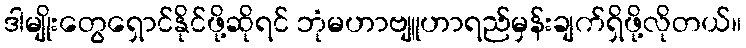
ဒါမျိုးတွေရှောင်နိုင်ဖို့ဆိုရင် ဘုံမဟာဗျူဟာရည်မှန်းချက်ရှိဖို့လိုတယ်။